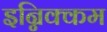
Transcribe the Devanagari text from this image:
इन्निक्कम